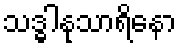
သဒ္ဓါနုသာရိနော